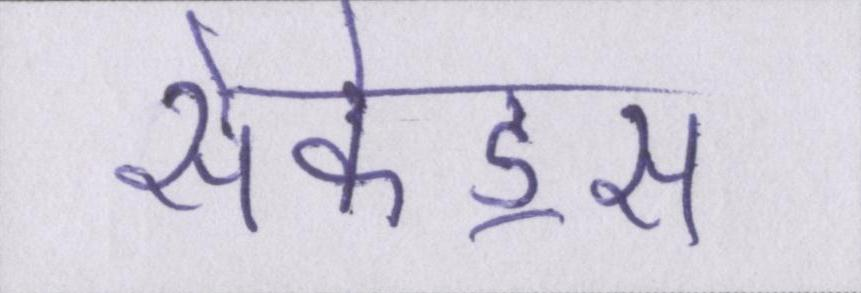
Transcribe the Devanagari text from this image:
सेकंड्स